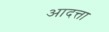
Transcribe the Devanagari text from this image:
आदत्ता